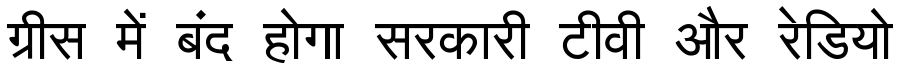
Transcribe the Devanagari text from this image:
ग्रीस में बंद होगा सरकारी टीवी और रेडियो